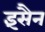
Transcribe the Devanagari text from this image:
इंसैन